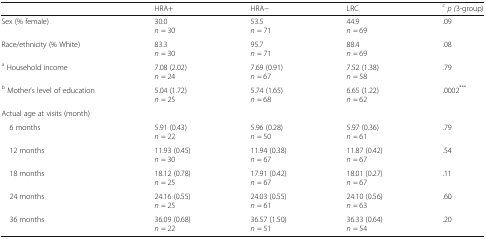
<table><thead><tr><td></td><td><b>HRA+</b></td><td><b>HRA−</b></td><td><b>LRC</b></td><td><b><sup><i>c</i></sup><i>p (</i>3-group)</b></td></tr></thead><tbody><tr><td>Sex (% female)</td><td>30.0<i>n</i> = 30</td><td>53.5<i>n</i> = 71</td><td>44.9<i>n</i> = 69</td><td>.09</td></tr><tr><td>Race/ethnicity (% White)</td><td>83.3<i>n</i> = 30</td><td>95.7<i>n</i> = 71</td><td>88.4<i>n</i> = 69</td><td>.08</td></tr><tr><td><sup>a</sup> Household income</td><td>7.08 (2.02)<i>n</i> = 24</td><td>7.69 (0.91)<i>n</i> = 67</td><td>7.52 (1.38)<i>n</i> = 58</td><td>.79</td></tr><tr><td><sup>b</sup> Mother’s level of education</td><td>5.04 (1.72)<i>n</i> = 25</td><td>5.74 (1.65)<i>n</i> = 68</td><td>6.65 (1.22)<i>n</i> = 62</td><td>.0002<sup>***</sup></td></tr><tr><td colspan="5">Actual age at visits (month)</td></tr><tr><td> 6 months</td><td>5.91 (0.43)<i>n</i> = 22</td><td>5.96 (0.28)<i>n</i> = 50</td><td>5.97 (0.36)<i>n</i> = 61</td><td>.79</td></tr><tr><td> 12 months</td><td>11.93 (0.45)<i>n</i> = 30</td><td>11.94 (0.38)<i>n</i> = 67</td><td>11.87 (0.42)<i>n</i> = 67</td><td>.54</td></tr><tr><td> 18 months</td><td>18.12 (0.78)<i>n</i> = 25</td><td>17.91 (0.42)<i>n</i> = 67</td><td>18.01 (0.27)<i>n</i> = 67</td><td>.11</td></tr><tr><td> 24 months</td><td>24.16 (0.55)<i>n</i> = 25</td><td>24.03 (0.55)<i>n</i> = 61</td><td>24.10 (0.56)<i>n</i> = 63</td><td>.60</td></tr><tr><td> 36 months</td><td>36.09 (0.68)<i>n</i> = 22</td><td>36.57 (1.50)<i>n</i> = 51</td><td>36.33 (0.64)<i>n</i> = 54</td><td>.20</td></tr></tbody></table>